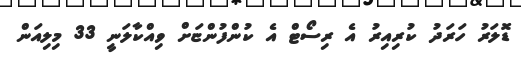
ޑޮލަރު ހަރަދު ކުރިއިރު އެ ރިސޯޓް އެ ކުންފުންޏަށް ވިއްކާލަނީ 33 މިލިއަން